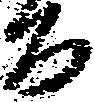
百